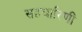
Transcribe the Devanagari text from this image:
सहचारिणीं